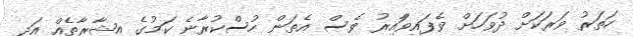
ހަތަރު ވަރަކަށް ދުވަހަށް ވެފައިވާައިރު ވެސް އެތަން ހުސްކުރާނެ ކަމުގެ އިޝާރާތެއް އަދި